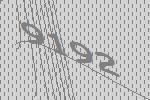
9192